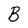
Character: B